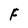
Character: F